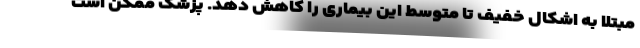
مبتلا به اشکال خفیف تا متوسط این بیماری را کاهش دهد. پزشک ممکن است